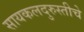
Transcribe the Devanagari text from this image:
सायकलदुरुस्तीचे